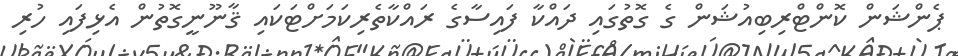
ޕެންޝަން ކޮންޓްރިބިއުޝަން ގެ ގޮތުގައި ދައްކާ ފައިސާގެ ރައްކާތެރިކަމަށްޓަކައި ޤާނޫނީގޮތުން އެޅިފައި ހުރި